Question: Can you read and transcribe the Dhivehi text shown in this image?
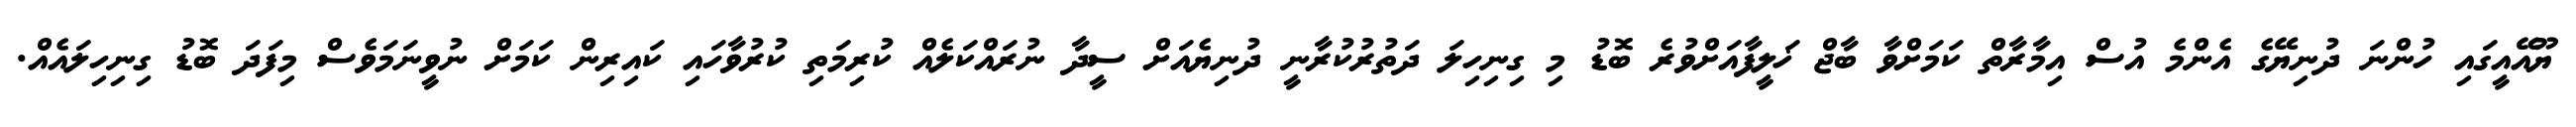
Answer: ޔޫއޭއީގައި ހުންނަ ދުނިޔޭގެ އެންމެ އުސް އިމާރާތް ކަމަށްވާ ބާޖް ޚަލީފާއަށްވުރެ ބޮޑު މި ގިނިހިލަ ދަތުރުކުރާނީ ދުނިޔެއަށް ސީދާ ނުރައްކަލެއް ކުރިމަތި ކުރުވާހައި ކައިރިން ކަމަށް ނުވީނަމަވެސް މިފަދަ ބޮޑު ގިނިހިލައެއް.